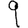
Digit: 9